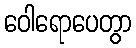
ဝေါရောပေတွာ